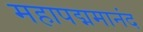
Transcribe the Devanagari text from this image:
महापद्ममानंद